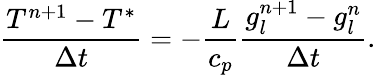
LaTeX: \frac{T^{n+1}-T^{*}}{\Delta t}=-\frac{L}{c_{p}}\frac{g_{l}^{n+1}-g_{l}^{n}}{\Delta t}.